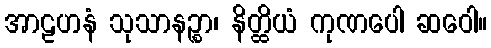
အာဠဟနံ သုသာနဉ္စာ၊ နိတ္ထိယံ ကုဏပေါ ဆဝေါ။